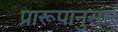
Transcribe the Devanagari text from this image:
प्रारूपानुसार